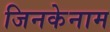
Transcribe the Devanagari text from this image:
जिनकेनाम